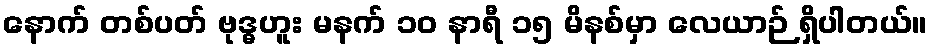
နောက် တစ်ပတ် ဗုဒ္ဓဟူး မနက် ၁၀ နာရီ ၁၅ မိနစ်မှာ လေယာဉ် ရှိပါတယ်။